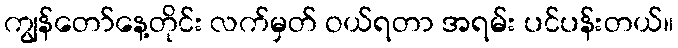
ကျွန်တော်နေ့တိုင်း လက်မှတ် ဝယ်ရတာ အရမ်း ပင်ပန်းတယ်။